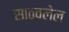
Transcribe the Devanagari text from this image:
साठवलेल